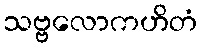
သဗ္ဗလောကဟိတံ